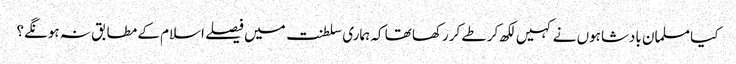
کیا مسلمان بادشاہوں نے کہیں لکھ کر طے کررکھا تھا کہ ہماری سلطنت میں فیصلے اسلام کے مطابق نہ ہونگے؟